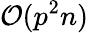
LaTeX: \mathcal{O}(p^{2}n)